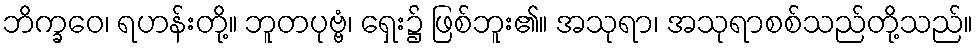
ဘိက္ခဝေ၊ ရဟန်းတို့။ ဘူတပုဗ္ဗံ၊ ရှေး၌ ဖြစ်ဘူး၏။ အသုရာ၊ အသုရာစစ်သည်တို့သည်။